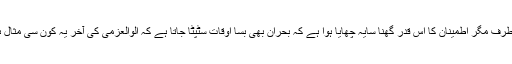
ہر طرف مگر اطمینان کا اس قدر گھنا سایہ چھایا ہوا ہے کہ بحران بھی بسا اوقات سٹپٹا جاتا ہے کہ الوالعزمی کی آخر یہ کون سی مثال ہے۔